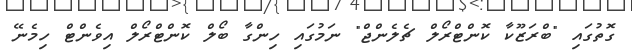
ގޮތުގައި "ބްރަޒޫކާ ކޮންޓްރޯލް ޗެލެންޖް" ނަމުގައި ހިންގާ ބޯލް ކޮންޓްރޯލް އިވެންޓް ހިމެނޭ